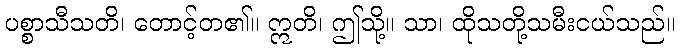
ပစ္စာသီသတိ၊ တောင့်တ၏။ ဣတိ၊ ဤသို့။ သာ၊ ထိုသတို့သမီးငယ်သည်။